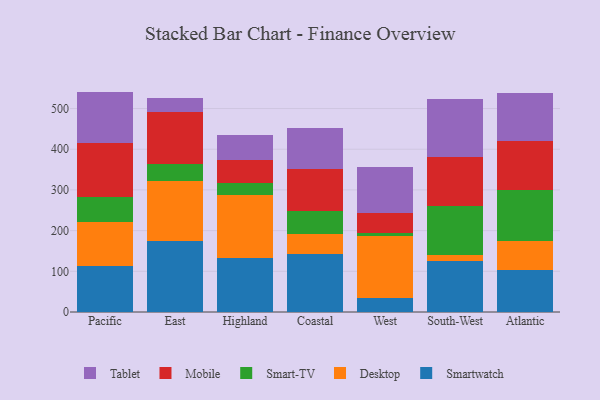
{"axis": {"x": "Region", "y": "Population (Million)"}, "legend": ["Desktop", "Mobile", "Smart-TV", "Smartwatch", "Tablet"], "data": [{"x": "Pacific", "y": 113.3, "type": "Smartwatch"}, {"x": "Pacific", "y": 107.4, "type": "Desktop"}, {"x": "Pacific", "y": 62.5, "type": "Smart-TV"}, {"x": "Pacific", "y": 132.8, "type": "Mobile"}, {"x": "Pacific", "y": 125.6, "type": "Tablet"}, {"x": "East", "y": 174.4, "type": "Smartwatch"}, {"x": "East", "y": 146.9, "type": "Desktop"}, {"x": "East", "y": 42.3, "type": "Smart-TV"}, {"x": "East", "y": 127.8, "type": "Mobile"}, {"x": "East", "y": 33.9, "type": "Tablet"}, {"x": "Highland", "y": 133.4, "type": "Smartwatch"}, {"x": "Highland", "y": 153.3, "type": "Desktop"}, {"x": "Highland", "y": 31.0, "type": "Smart-TV"}, {"x": "Highland", "y": 56.7, "type": "Mobile"}, {"x": "Highland", "y": 60.0, "type": "Tablet"}, {"x": "Coastal", "y": 143.6, "type": "Smartwatch"}, {"x": "Coastal", "y": 49.0, "type": "Desktop"}, {"x": "Coastal", "y": 54.6, "type": "Smart-TV"}, {"x": "Coastal", "y": 104.2, "type": "Mobile"}, {"x": "Coastal", "y": 101.5, "type": "Tablet"}, {"x": "West", "y": 34.3, "type": "Smartwatch"}, {"x": "West", "y": 152.3, "type": "Desktop"}, {"x": "West", "y": 8.2, "type": "Smart-TV"}, {"x": "West", "y": 49.5, "type": "Mobile"}, {"x": "West", "y": 111.9, "type": "Tablet"}, {"x": "South-West", "y": 125.3, "type": "Smartwatch"}, {"x": "South-West", "y": 15.4, "type": "Desktop"}, {"x": "South-West", "y": 118.9, "type": "Smart-TV"}, {"x": "South-West", "y": 120.3, "type": "Mobile"}, {"x": "South-West", "y": 144.6, "type": "Tablet"}, {"x": "Atlantic", "y": 102.5, "type": "Smartwatch"}, {"x": "Atlantic", "y": 71.2, "type": "Desktop"}, {"x": "Atlantic", "y": 126.2, "type": "Smart-TV"}, {"x": "Atlantic", "y": 120.8, "type": "Mobile"}, {"x": "Atlantic", "y": 117.6, "type": "Tablet"}]}